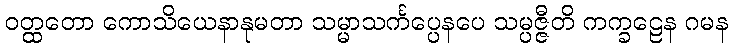
ဝတ္ထတော ကောသိယေနာနုမတာ သမ္မာသင်္ကပ္ပေနပေ သမ္ပဇ္ဇီတိ ကက္ခဠေန ဂမန